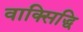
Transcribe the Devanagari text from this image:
वाक्सिद्धि